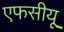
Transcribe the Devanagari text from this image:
एफसीयू